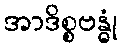
အာဒိစ္စဗန္ဓုံ